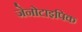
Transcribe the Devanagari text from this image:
जेनोटाइपिक